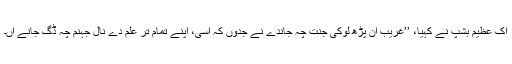
اِک عظیم بشپ نے کہیا، ’’غریب اَن پڑھ لوکی جنت چہ جاندے نے جدوں کہ اَسی، اپنے تمام تر علم دے نال جہنم چہ ڈِگ جانے آں۔